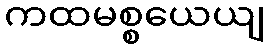
ကထမစ္စယေယျ